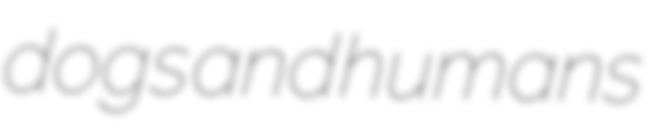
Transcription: dogs and humans